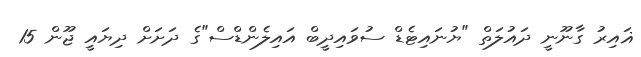
ޣައިރު ގާނޫނީ ދައުލަތް "ޔުނައިޓެޑް ސުވައިދީބް އައިލެންޑްސް"ގެ ދަށަށް ދިޔައީ ޖޫން 15